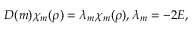
D ( m ) \chi _ { m } ( \rho ) = \lambda _ { m } \chi _ { m } ( \rho ) , \lambda _ { m } = - 2 E ,